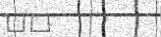
٤٩